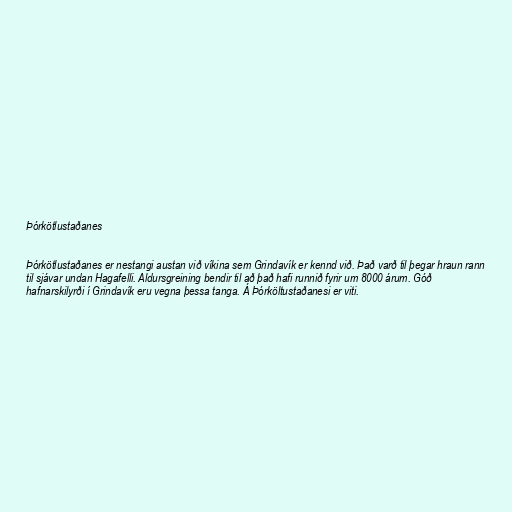
Þórkötlustaðanes

Þórkötlustaðanes er nestangi austan við víkina sem Grindavík er kennd við. Það varð til þegar hraun rann
til sjávar undan Hagafelli. Aldursgreining bendir til að það hafi runnið fyrir um 8000 árum. Góð
hafnarskilyrði í Grindavík eru vegna þessa tanga. Á Þórköltustaðanesi er viti.